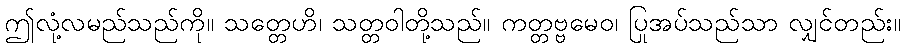
ဤလုံ့လမည်သည်ကို။ သတ္တေဟိ၊ သတ္တဝါတို့သည်။ ကတ္တဗ္ဗမေဝ၊ ပြုအပ်သည်သာ လျှင်တည်း။